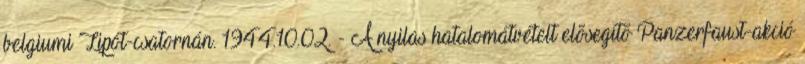
belgiumi Lipót-csatornán. 1944.10.02. - A nyilas hatalomátvételt elõsegítõ Panzerfaust-akció